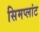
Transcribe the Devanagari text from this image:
सिमप्लांट